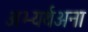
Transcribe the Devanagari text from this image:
अभ्यर्थअना